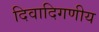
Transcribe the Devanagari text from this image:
दिवादिगणीय